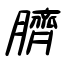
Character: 臍